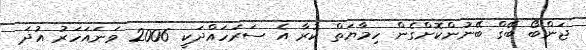
ޖަންބޯ ބޭގް ބޭނުންކޮށްގެން ހިމާޔަތް ކުރާ އެ ސަރަހައްދަކީ 2006 ވަނައަހަރު އުދަ